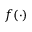
f ( \cdot )